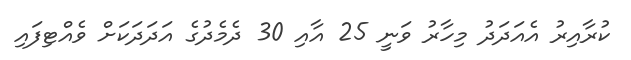
ކުރާއިރު އެއަދަދު މިހާރު ވަނީ 25 އާއި 30 ދެމެދުގެ އަދަދަކަށް ވެއްޓިފައި